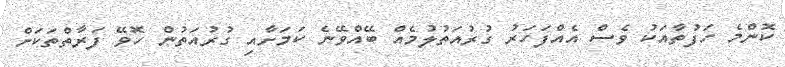
ކޮންމެ ހަފުތާއަކު ވެސް އެއްފަހަރު ގުރުއަތުލުމެއް ބޭއްވޭނެ ކަމަށާއި ގުރުއަތުން ހޮވޭ ފަރާތްތަކަށް